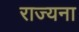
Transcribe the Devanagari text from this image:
राज्यना